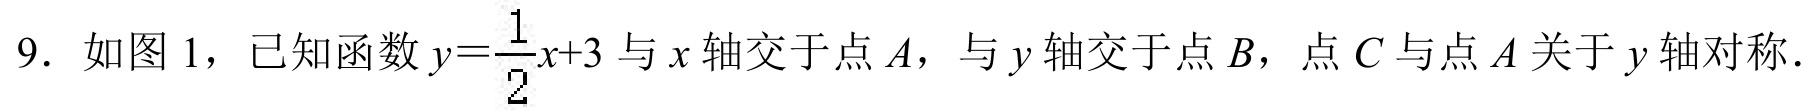
9. 如图1，已知函数\(y = \dfrac{1}{2}x + 3\)与\(x\)轴交于点\(A\)，与\(y\)轴交于点\(B\)，点\(C\)与点\(A\)关于\(y\)轴对称.